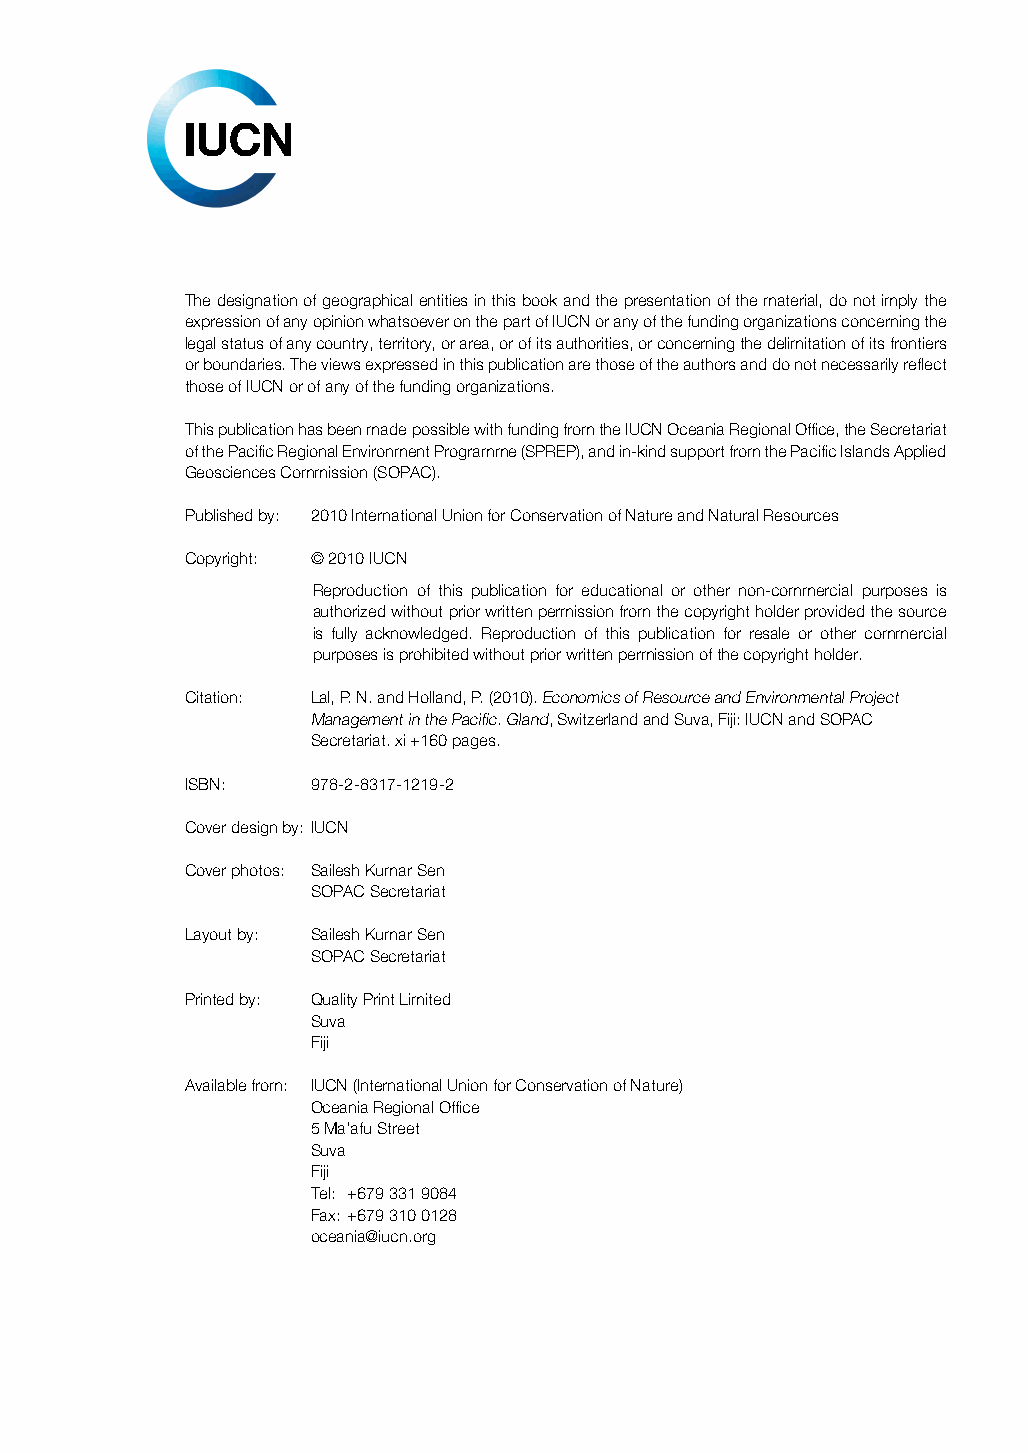
The designation of geographical entities in this book and the presentation of the material, do not imply the
 expression of any opinion whatsoever on the part of IUCN or any of the funding organizations concerning the
 legal status of any country, territory, or area, or of its authorities, or concerning the delimitation of its frontiers
 or boundaries. The views expressed in this publication are those of the authors and do not necessarily reflect
 those of IUCN or of any of the funding organizations.
 This publication has been made possible with funding from the IUCN Oceania Regional Office, the Secretariat
 of the Pacific Regional Environment Programme (SPREP), and in-kind support from the Pacific Islands Applied
 Geosciences Commission (SOPAC).
 Published by: 2010 International Union for Conservation of Nature and Natural Resources
 Copyright: © 2010 IUCN
 Reproduction of this publication for educational or other non-commercial purposes is
 authorized without prior written permission from the copyright holder provided the source
 is fully acknowledged. Reproduction of this publication for resale or other commercial
 purposes is prohibited without prior written permission of the copyright holder.
 Citation: Lal, P. N. and Holland, P. (2010). Economics of Resource and Environmental Project
 Management in the Pacific. Gland, Switzerland and Suva, Fiji: IUCN and SOPAC
 Secretariat. xi +160 pages.
 ISBN:    978-2-8317-1219-2
 Cover design by: IUCN
 Cover photos: Sailesh Kumar Sen
 SOPAC Secretariat
 Layout by: Sailesh Kumar Sen
 SOPAC Secretariat
 Printed by: Quality Print Limited
 Suva
 Fiji
 Available from: IUCN (International Union for Conservation of Nature)
 Oceania Regional Office
 5 Ma’afu Street
 Suva
 Fiji
 Tel: +679 331 9084
 Fax: +679 310 0128
 oceania@iucn.org